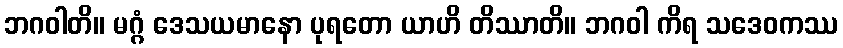
ဘဂဝါတိ။ မဂ္ဂံ ဒေသယမာနော ပုရတော ယာဟိ တိဿာတိ။ ဘဂဝါ ကိရ သဒေဝကဿ